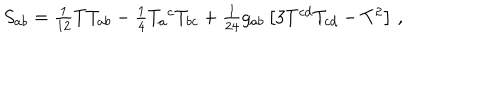
S _ { a b } = \textstyle { \frac { 1 } { 1 2 } } T T _ { a b } - \textstyle { \frac { 1 } { 4 } } T _ { a } { } ^ { c } T _ { b c } + \textstyle { \frac { 1 } { 2 4 } } g _ { a b } \left[ 3 T ^ { c d } T _ { c d } - T ^ { 2 } \right] \, ,